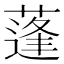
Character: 蓬